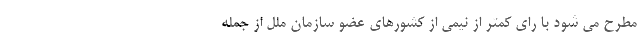
مطرح می شود با رای کمتر از نیمی از کشورهای عضو سازمان ملل از جمله